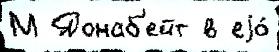
М Донаб'ейт в еjо́